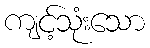
ကျင့်သုံးသော